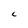
Character: C